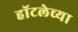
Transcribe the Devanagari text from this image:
हॉटलेच्या